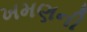
ખમણની